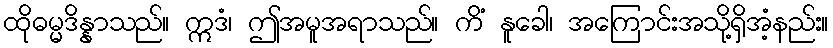
ထိုဓမ္မဒိန္နာသည်။ ဣဒံ၊ ဤအမူအရာသည်။ ကိံ နူခေါ၊ အကြောင်းအသို့ရှိအံ့နည်း။